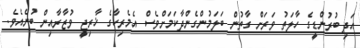
އަދި ބުރުންޑީގެ ހާލަތު ވަރަށް ގާތުން ބަލަމުންގެންދާކަމަށްވެސް އެމެރިކާގެ ޚާރިޖީ ވުޒާރާއިން ބުނެއެވެ.